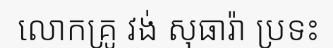
លោកគ្រូ វង់ សុធារ៉ា ប្រទះ